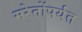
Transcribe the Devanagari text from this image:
मरेतोंपर्यंत